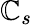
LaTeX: \mathbb{C}_{s}